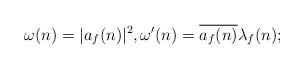
LaTeX: \begin{align*}\omega(n)=|a_f(n)|^2,\omega'(n)=\overline{a_f(n)}\lambda_f(n);\end{align*}